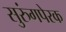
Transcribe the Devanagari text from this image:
सुरुंगपेरक